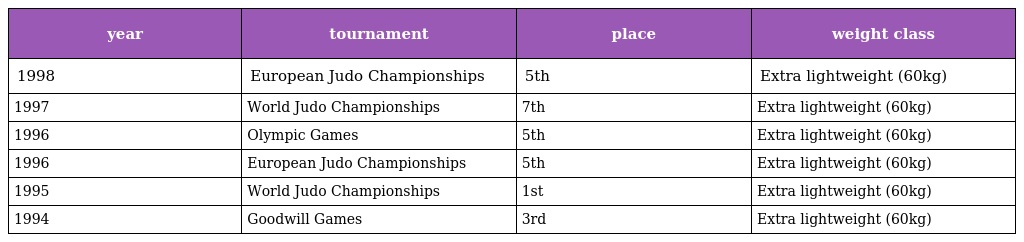
| year | tournament | place | weight class |
 | --- | --- | --- | --- |
 | 1998 | European Judo Championships | 5th | Extra lightweight (60kg) |
 | 1997 | World Judo Championships | 7th | Extra lightweight (60kg) |
 | 1996 | Olympic Games | 5th | Extra lightweight (60kg) |
 | 1996 | European Judo Championships | 5th | Extra lightweight (60kg) |
 | 1995 | World Judo Championships | 1st | Extra lightweight (60kg) |
 | 1994 | Goodwill Games | 3rd | Extra lightweight (60kg) |